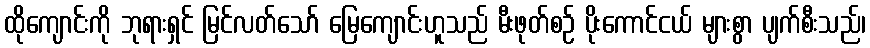
ထိုကျောင်းကို ဘုရားရှင် မြင်လတ်သော် မြေကျောင်းဟူသည် မီးဖုတ်စဉ် ပိုးကောင်ငယ် များစွာ ပျက်စီးသည်၊